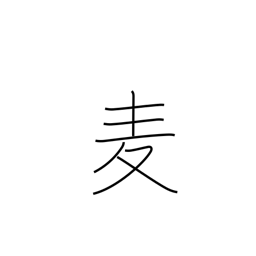
Meaning: wheat